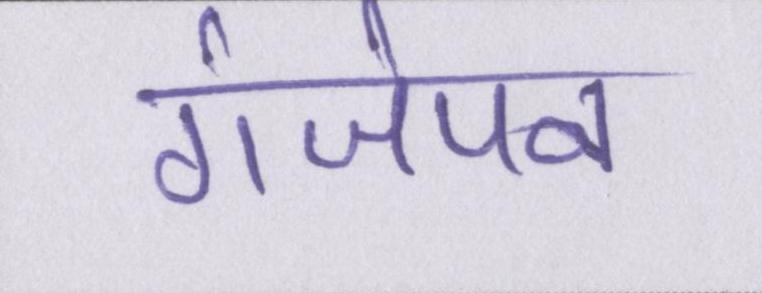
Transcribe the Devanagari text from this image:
गंजेपन